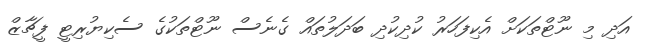
އަދި މި ނޫޓްތަކަށް އެކިފަހަރު ކުދިކުދި ބަދަލުތައް ގެނެސް ނޫޓްތަކުގެ ސެކިޔުރިޓީ ފީޗާޒް